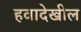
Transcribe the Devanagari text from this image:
हवादेखील